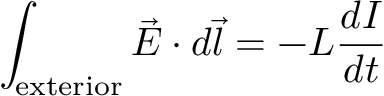
\int _ { \mathrm { e x t e r i o r } } { \vec { E } } \cdot d { \vec { l } } = - L { \frac { d I } { d t } }